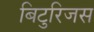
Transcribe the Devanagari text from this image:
बिटुरिजस